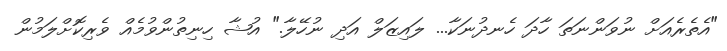
"އެތެރެއަށް ނުވަންނަތަ ހާދަ ހެނދުނަކާ... ލައިޒަލް އަދި ނުހޭލާ." އުޝާ ހިނިތުންވުމެއް ވެރިކޮށްލަމުން